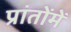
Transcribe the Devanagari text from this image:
प्रांतोंमें